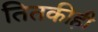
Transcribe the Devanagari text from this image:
तितकीही